Scientific memoirs by medical officers of the Army of India - Part XII,
Year: 1901
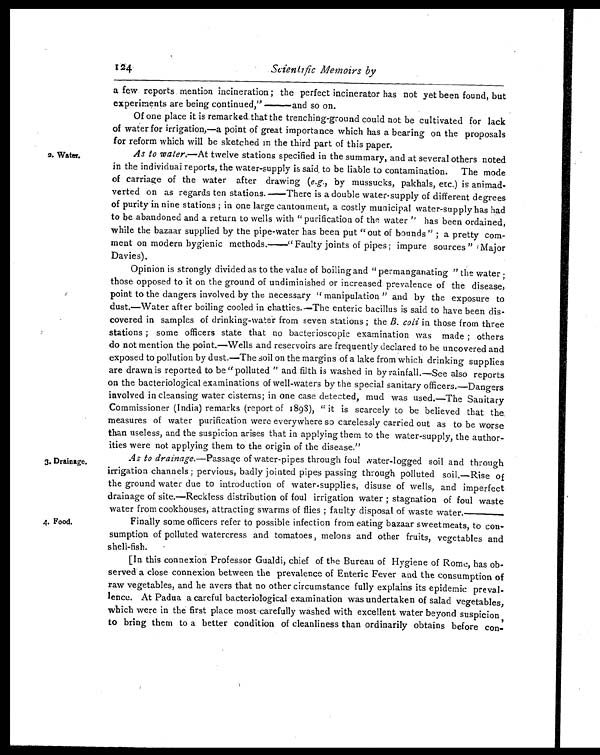
124
Scientific Memoirs by
2. Water.
3. Drainage.
4. Food .
a few reports mention incineration; the perfect incinerator has not yet been found, but
experiments are being continued," ——and so on.
Of one place it is remarked that the trenching-ground could not be cultivated for lack
of water for irrigation,—a point of great importance which has a bearing on the proposals
for reform which will be sketched in the third part of this paper.
As to water.— At twelve stations specified in the summary, and at several others noted
in the individual reports, the water-supply is said to be liable to contamination. The mode
of carriage of the water after drawing ( e.g. , by mussucks, pakhals, etc.) is animad
-verted on as regards ten stations.——There is a double water-supply of different degrees
of purity in nine stations; in one large cantonment, a costly municipal water-supply has had
to be abandoned and a return to wells with "purification of the water'' has been ordained,
while the bazaar supplied by the pipe-water has been put "out of bounds"; a pretty com--
ment on modern hygienic methods.——"Faulty joints of pipes; impure sources " Major
Davies).
Opinion is strongly divided as to the value of boiling and "permanganating" the water;
those opposed to it on the ground of undiminished or increased prevalence of the disease,
point to the dangers involved by the necessary "manipulation" and by the exposure to
dust.—Water after boiling cooled in chatties.—The enteric bacillus is said to have been dis
-covered in samples of drinking-water from seven stations; the B. coli in those from three
stations; some officers state that no bacterioscopic examination was made; others
do not mention the point.—Wells and reservoirs are frequently declared to be uncovered and
exposed to pollution by dust.—The soil on the margins of a lake from which drinking supplies
are drawn is reported to be "polluted" and filth is washed in by rainfall.—See also reports
on the bacteriological examinations of well-waters by the special sanitary officers.—Dangers
involved in cleansing water cisterns; in one case detected, mud was used.—The Sanitary
Commissioner (India) remarks (report of 1893), "it is scarcely to be believed that the,
measures of water purification were everywhere so carelessly carried out as to be worse
than useless, and the suspicion arises that in applying them to the water-supply, the author-
ities were not applving them to the origin of the disease."
As to drainage. —Passage of water-pipes through foul water-logged soil and through
irrigation channels ; pervious, badly jointed pipes passing through polluted soil.—Rise of
the ground water due to introduction of water-supplies, disuse of wells, and imperfect
drainage of site.—Reckless distribution of foul irrigation water; stagnation of foul waste
water from cookhouses, attracting swarms of flies; faulty disposal of waste water.——
Finally some officers refer to possible infection from eating bazaar sweetmeats, to con
-sumption of polluted watercress and tomatoes, melons and other fruits, vegetables and
shell-fish.
[In this connexion Professor Gualdi, chief of the Bureau of Hygiene of Rome, has ob
-served a close connexion between the prevalence of Enteric Fever and the consumption of
raw vegetables, and he avers that no other circumstance fully explains its epidemic preva I-
lence. At Padua a careful bacteriological examination was undertaken of salad vegetables,
which were in the first place most-carefully washed with excellent water beyond suspicion
to bring them to a better condition of cleanliness than ordinarily obtains before con-